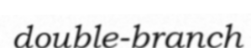
double-branch